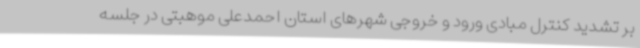
بر تشدید کنترل مبادی ورود و خروجی شهرهای استان احمدعلی موهبتی در جلسه